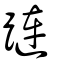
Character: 蹥